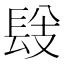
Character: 𨱹